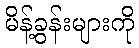
မိန့်ခွန်းများကို